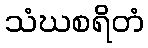
သံဃစရိတံ